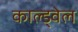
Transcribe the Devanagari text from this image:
काल्ड्वेल